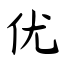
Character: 优